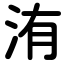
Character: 洧